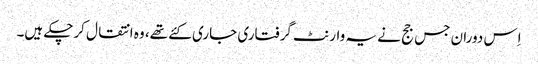
اِس دوران جس جج نے یہ وارنٹ گرفتاری جاری کئے تھے، وہ انتقال کرچکے ہیں۔